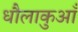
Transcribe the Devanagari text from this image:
धौलाकुआँ